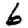
Digit: 6